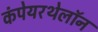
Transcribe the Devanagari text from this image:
कंपेयरथेलॉन